Vaccination report Assam 1896-1927 - 1896-1927
Year: 1896
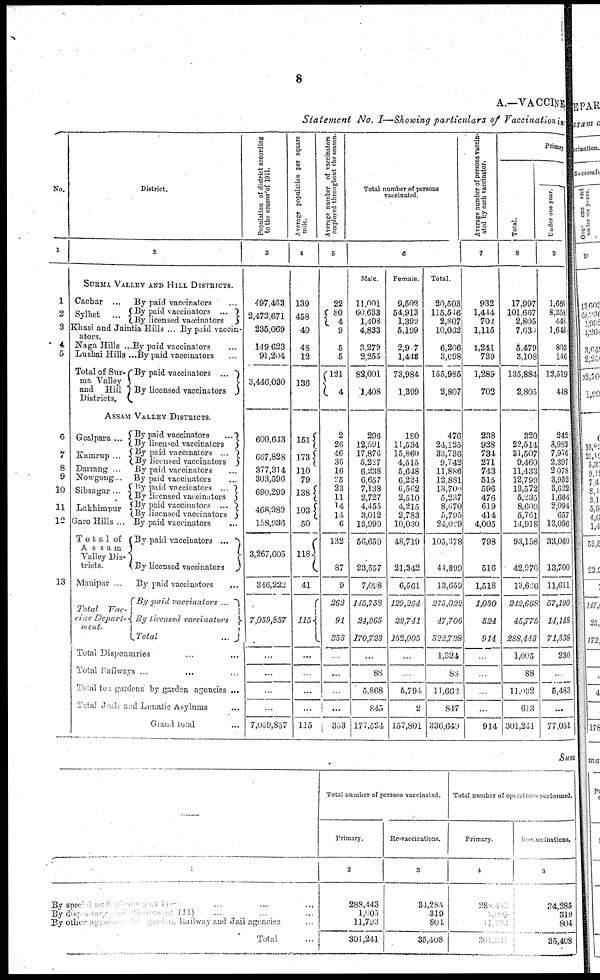
8
A.—VACCINE
Statement No. I—Showing particulars of Vaccination in
No.
1
1
2
3
4
5
6
7
8
9
10
11
12
13
District.
2
SURMA VALLEY AND HILL DISTRICTS.
Cachar ...
Sylhet
...
Khasi and Jaintia Hills ...
Naga Hills ...
Lushai Hills ...
Total of Sur-
ma valley
and
Hill
Districts.
By paid vaccinators ...
By paid vaccinators ...
By licensed vaccinators ...
By paid vaccin-
ators.
By paid vaccinators ...
By paid vaccinators ...
By paid vaccinators ...
By licensed vaccinators
ASSAM VALLEY DISTRICTS.
Goalpara ...
Kamrup ...
Darrang ...
Nowgong ...
Sibsagar ...
Lakhimpur
Garo Hills ...
Tota1 of
Assam
Valley Dis-
tricts.
Manipur ...
Total
Vac-
cine Depart-
ment.
By paid vaccinators
...
By licensed vaccinators
By paid vaccinators
...
By licensed vaccinators
By paid vaccinators ...
By paid vaccinators ...
By paid vaccinators ...
By licensed vaccinators
By paid vaccinators ...
By licensed vaccinators
By paid vaccinators ...
By paid vaccinators ...
By licensed vaccinators
By paid vaccinators
...
By paid vaccinators ...
By licensed vaccinators
Total
...
Total Dispensaries ... ... ...
Total Railways ... ... ...
Total tea gardens by garden agencies ...
Total Jails and Lunatic Asylums ...
Grand total ...
Population of district according
to the census of 1911.
3
497,463
2,472,671
235,069
149,623
91,204
3,446,030
600,613
667,828
377,314
303,596
690,299
468,989
158,936
3,267,605
346,222
7,059,857
...
...
...
...
7,059,857
Average population per square
mile.
4
139
458
40
48
12
136
151
173
110
79
138
103
50
118
41
115
...
...
...
...
115
Average number of vaccinators
employed throughout the season.
5
22
80
4
9
5
5
121
4
2
26
46
36
16
25
23
11
14
14
6
132
87
9
262
91
353
...
...
...
...
353
Total number of persons
vaccinated.
6
Male.
11,001
60,633
1,408
4,833
3,279
2,255
82,001
1,408
296
12,591
17,876
5,227
6,238
6,657
7,138
2,727
4,455
3,012
13,999
56,659
23,557
7,098
145,758
24,965
170,723
...
88
5,868
845
177,524
Female.
9,502
54,913
1,399
5,199
2,907
1,443
73,984
1,399
180
11,534
15,860
4,515
5,648
6,224
6,562
2,510
4,215
2,783
10,030
48,719
21,342
6,561
129,264
22,741
252,005
...
...
5,794
2
157,801
Total.
20,503
115,516
2,807
10,032
6,206
3,698
155,985
2,807
476
24,125
33,736
9,742
11,886
12,881
13,700
5,237
8,670
5,795
24,029
105,678
44,899
13,659
275,022
47,706
322,728
1,324
88
11,662
847
336,649
Average number of persons vaccin-
ated by each vaccinator.
7
932
1,444
702
1,115
1,241
739
1,289
702
238
928
734
271
743
515
596
476
619
414
4,005
798
516
1,518
1,050
524
914
...
...
...
...
914
Primary
Total.
8
17,997
101,667
2,805
7,630
5,479
3,108
135,884
2,805
320
22,514
31,507
9,460
11,433
12,799
13,572
5,235
8,609
5,761
14,918
93,158
42,970
13,626
242,668
45,775
288,443
1,005
88
11,092
613
301,241
Under one year.
9
1,666
8,258
448
1,646
803
146
12,519
448
242
8,982
7,976
2,397
2,078
3,952
3,622
1,664
2,094
657
13,096
33,060
13,700
11,611
57,190
14,148
71,338
230
...
5,483
...
77,051
Sum
—
1
By special staff (statement I) ... ... ...
By dispensary staff (statement III) ... ... ...
By other agencies
for garden, Railway and Jail agencies ...
Total ...
Total number of persons vaccinated.
Primary.
2
288,443
1,005
11,793
301,241
Re-vaccinations.
3
34,285
319
804
35,408
Total number of operations performed.
Primary.
4
288,443
1,005
13,796
301,241
Re-vaccinations.
5
34,285
319
804
35,408